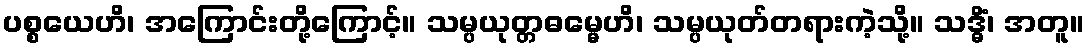
ပစ္စယေဟိ၊ အကြောင်းတို့ကြောင့်။ သမ္ပယုတ္တဓမ္မေဟိ၊ သမ္ပယုတ်တရားကဲ့သို့။ သဒ္ဓိံ၊ အတူ။